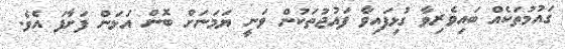
ގައުމުތަކެއް ބައިވެރިވާ ގުޅިފައިވާ ފައުޖުތަކުން ވަނީ ޔަމަނަށް ބޮން އަޅަން ފަށާފަ އެވެ.